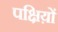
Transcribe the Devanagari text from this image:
पक्षिय़ों